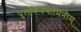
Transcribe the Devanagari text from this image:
पुलकितयामिनीम्